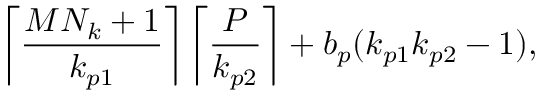
\left\lceil \frac { M N _ { k } + 1 } { k _ { p 1 } } \right\rceil \left\lceil \frac { P } { k _ { p 2 } } \right\rceil + b _ { p } ( k _ { p 1 } k _ { p 2 } - 1 ) ,